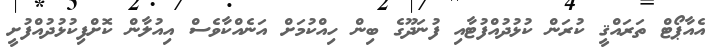
އެއާޕޯޓް ތަރައްޤީ ކުރަން ކުޅުދުއްފުޓާއި ފުނަދޫގެ ބިން ހިއްކުމަށް އަނެއްކާވެސް އިއުލާން ކޮށްފިކުޅުދުއްފުށީ